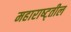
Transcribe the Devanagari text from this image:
महाराष्ट्तील